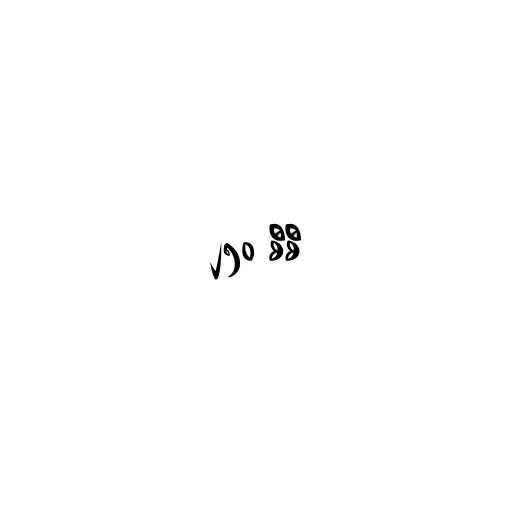
၂၅၀ စီစီ